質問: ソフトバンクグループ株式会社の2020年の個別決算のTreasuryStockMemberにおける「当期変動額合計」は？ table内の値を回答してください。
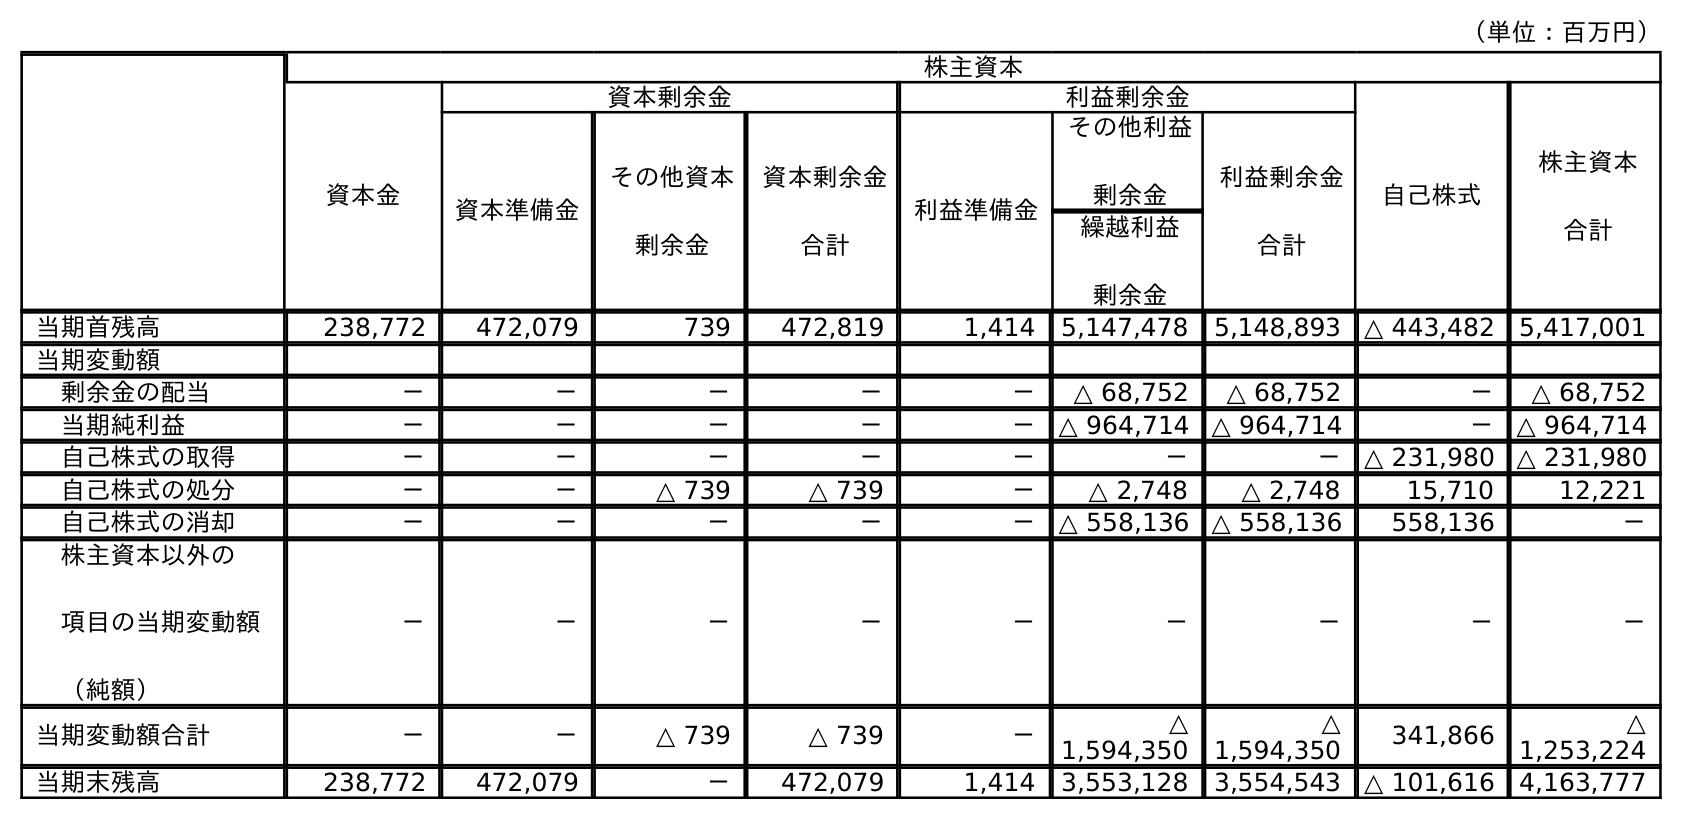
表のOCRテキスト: （単位：百万円） 株主資本 資本金 資本剰余金 利益剰余金 自己株式 株主資本 合計 資本準備金 その他資本 剰余金 資本剰余金 合計 利益準備金 その他利益 剰余金 利益剰余金 合計 繰越利益 剰余金 当期首残高 238,772 472,079 739 472,819 1,414 5,147,478 5,148,893 △ 443,482 5,417,001 当期変動額 剰余金の配当 － － － － － △ 68,752 △ 68,752 － △ 68,752 当期純利益 － － － － － △ 964,714 △ 964,714 － △ 964,714 自己株式の取得 － － － － － － － △ 231,980 △ 231,980 自己株式の処分 － － △ 739 △ 739 － △ 2,748 △ 2,748 15,710 12,221 自己株式の消却 － － － － － △ 558,136 △ 558,136 558,136 － 株主資本以外の 項目の当期変動額 （純額） － － － － － － － － － 当期変動額合計 － － △ 739 △ 739 － △ 1,594,350 △ 1,594,350 341,866 △ 1,253,224 当期末残高 238,772 472,079 － 472,079 1,414 3,553,128 3,554,543 △ 101,616 4,163,777
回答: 341,866